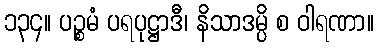
၁၃၄။ ပဉ္စမံ ပရပုဋ္ဌာဒီ၊ နိသာဒမ္ပိ စ ဝါရဏာ။